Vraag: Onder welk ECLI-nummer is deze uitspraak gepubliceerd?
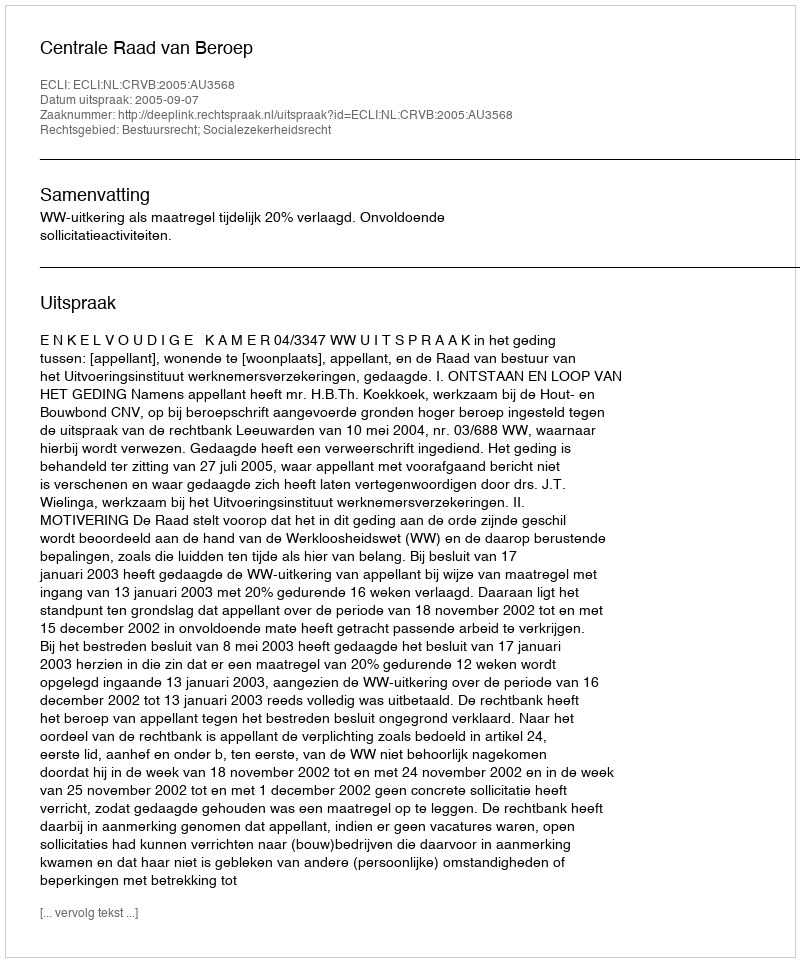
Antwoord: ECLI:NL:CRVB:2005:AU3568